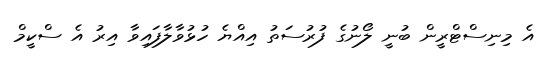
އެ މިނިސްޓްރީން ބުނީ ލޯނުގެ ފުރުސަތު އިއްޔެ ހުޅުވާލާފައިވާ އިރު އެ ސްކީމް